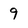
Character: 9